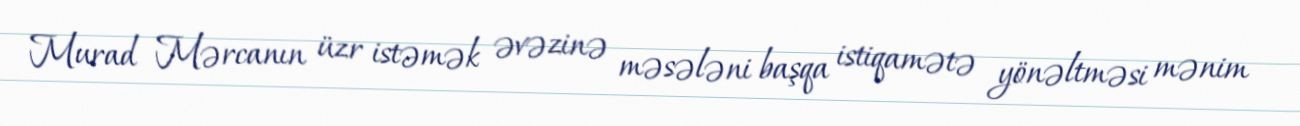
Murad Mərcanın üzr istəmək əvəzinə məsələni başqa istiqamətə yönəltməsi mənim